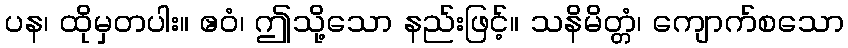
ပန၊ ထိုမှတပါး။ ဧဝံ၊ ဤသို့သော နည်းဖြင့်။ သနိမိတ္တံ၊ ကျောက်စသော